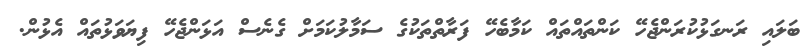
ބަލައި ރަނގަޅުކުރަންޖެހޭ ކަންތައްތައް ކަމާބެހޭ ފަރާތްތަކުގެ ސަމާލުކަމަށް ގެނެސް އަޅަންޖެހޭ ފިޔަވަޅުތައް އެޅުން.